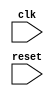
module SPI_Controller (
    input wire clk,
    input wire reset,
    // other input/output signals for SPI communication
    
    // modules for generating clock signals
    // modules for controlling data transfer timing
    // modules for synchronizing data transmissions
    // modules for handling communication protocols
    
);

// Verilog code for SPI controller implementation

endmodule